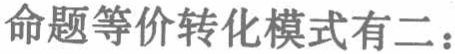
命题等价转化模式有二：